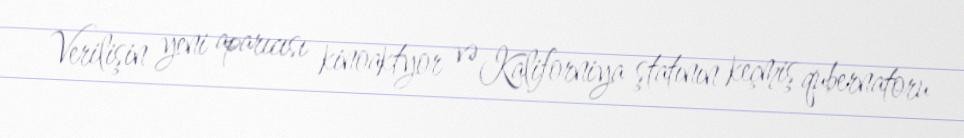
Verilişin yeni aparıcısı kinoaktyor və Kaliforniya ştatının keçmiş qubernatoru